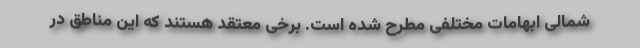
شمالی ابهامات مختلفی مطرح شده است. برخی معتقد هستند که این مناطق در